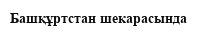
Башқұртстан шекарасында